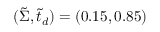
( \tilde { \Sigma } , \tilde { t } _ { d } ) = ( 0 . 1 5 , 0 . 8 5 )